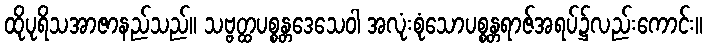
ထိုပုရိသအာဇာနည်သည်။ သဗ္ဗတ္ထပစ္စန္တဒေသေဝါ အလုံးစုံသောပစ္စန္တရာဇ်အရပ်၌လည်းကောင်း။